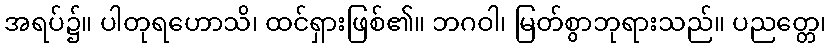
အရပ်၌။ ပါတုရဟောသိ၊ ထင်ရှားဖြစ်၏။ ဘဂဝါ၊ မြတ်စွာဘုရားသည်။ ပညတ္တေ၊